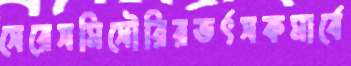
সেরেসমিসৌরিরভর্ৎসকমার্বে